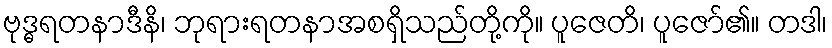
ဗုဒ္ဓရတနာဒီနိ၊ ဘုရားရတနာအစရှိသည်တို့ကို။ ပူဇေတိ၊ ပူဇော်၏။ တဒါ၊